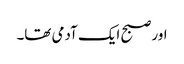
اور صبح ایک آدمی تھا۔